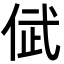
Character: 倵